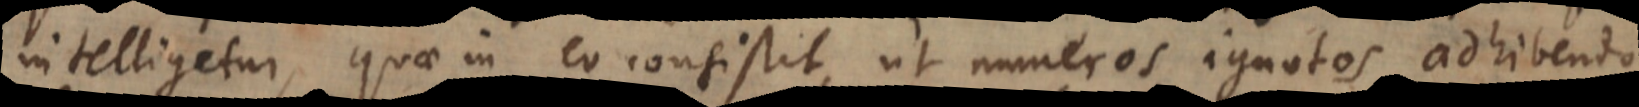
intelligetur, quae in eo consistit, ut numeros ignotos adhibendo